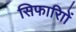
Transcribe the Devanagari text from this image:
सिफारिाों